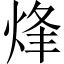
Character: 烽